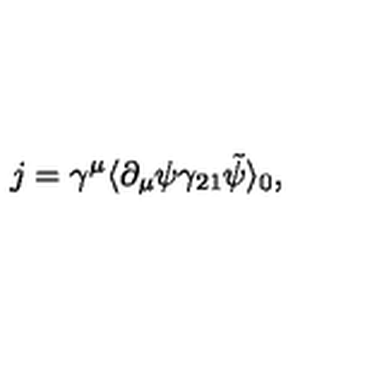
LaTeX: j = \gamma ^ { \mu } \langle \partial _ { \mu } \psi \gamma _ { 2 1 } \tilde { \psi } \rangle _ { 0 } ,